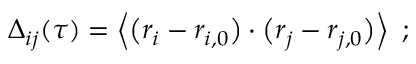
\Delta _ { i j } ( \tau ) = \left\langle { \big ( r _ { i } - r _ { i , 0 } \big ) \cdot \big ( r _ { j } - r _ { j , 0 } \big ) } \right\rangle \, \, ;